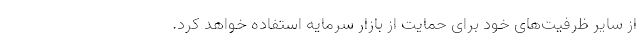
از سایر ظرفیت‌های خود برای حمایت از بازار سرمایه استفاده خواهد کرد.